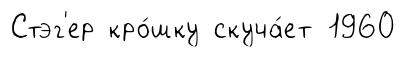
Стэг'ер кро́шку скуча́ет 1960